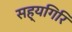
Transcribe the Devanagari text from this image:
सह्यगिरि